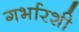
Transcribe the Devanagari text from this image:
गर्भारशी